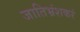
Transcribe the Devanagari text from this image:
जातिभ्रंशकरं